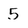
Character: 5